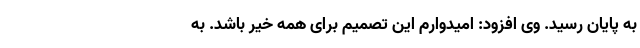
به پایان رسید. وی افزود: امیدوارم این تصمیم برای همه خیر باشد. به